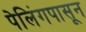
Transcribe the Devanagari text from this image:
पेलिंगपासून